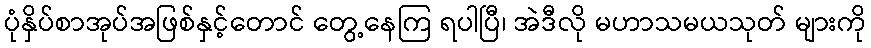
ပုံနှိပ်စာအုပ်အဖြစ်နှင့်တောင် တွေ့နေကြ ရပါပြီ၊ အဲဒီလို မဟာသမယသုတ် များကို